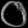
Digit: ၀